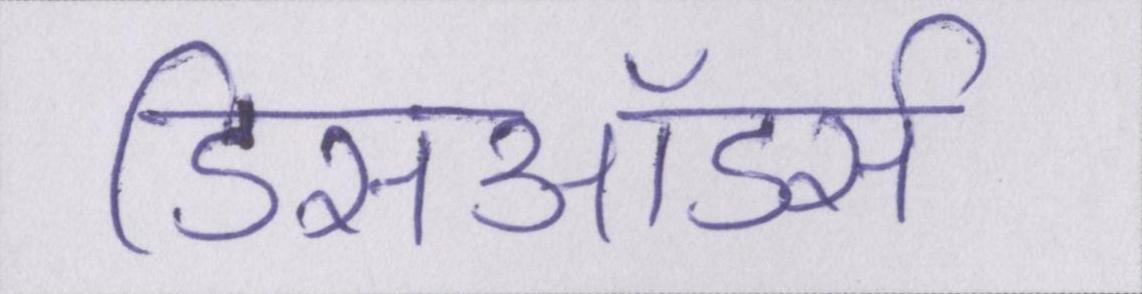
डिसऑडर्स